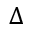
\Delta